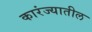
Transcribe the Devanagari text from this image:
कारंज्यातील